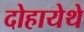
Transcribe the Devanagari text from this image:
दोहायेथे